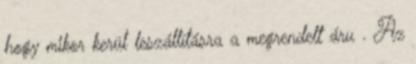
hogy mikor kerül leszállításra a megrendelt áru . Az